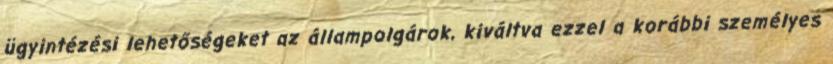
ügyintézési lehetőségeket az állampolgárok, kiváltva ezzel a korábbi személyes